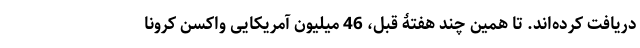
دریافت کرده‌اند. تا همین چند هفتۀ قبل، 46 میلیون آمریکایی واکسن کرونا